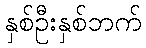
နှစ်ဦးနှစ်ဘက်